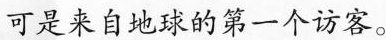
可是来自地球的第一个访客